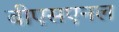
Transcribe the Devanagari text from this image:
बीएसएनल